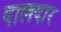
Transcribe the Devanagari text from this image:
दालदार